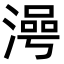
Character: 𣻵